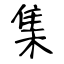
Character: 集